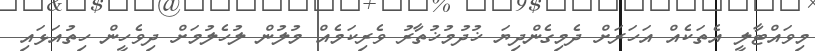
މިވައްޓާލީ އެތަކެއް އަހަރަށް ދެމިގެންދިޔަ ޚުދުމުޚުތާރު ވެރިކަމެއް މުލުން ލުހެލުމަށް ދިވެހީން ހިތުއަޅައި